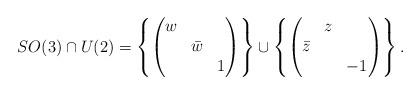
LaTeX: \begin{align*}SO(3)\cap U(2)=\left\{\begin{pmatrix}w & &\\& \bar{w} &\\& & 1\end{pmatrix}\right\}\cup\left\{\begin{pmatrix}& z &\\\bar{z} & &\\& & -1\end{pmatrix}\right\}.\end{align*}